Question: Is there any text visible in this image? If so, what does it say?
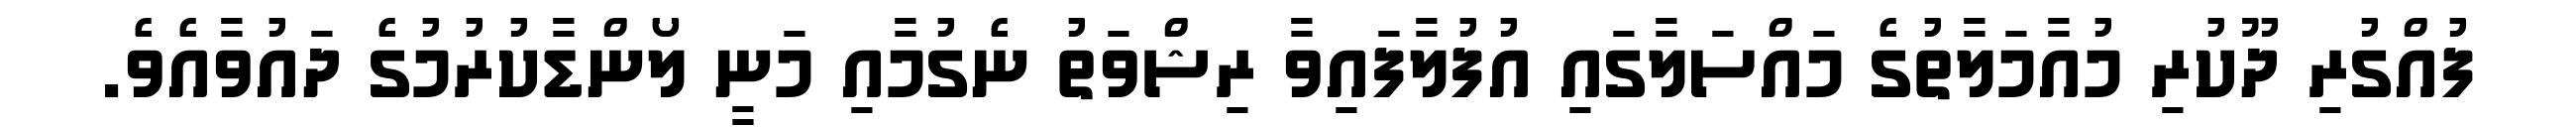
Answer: ފުއްގުރި ދޫކުރި މުއާމަލާތުގެ މައްސަލާގައި އުފުލާފައިވާ ރިޝްވަތު ނެގުމާއި މަނީ ލޯންޑާކުރުމުގެ ދައުވާއެވެ.